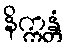
နိက္ကန္တံ